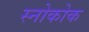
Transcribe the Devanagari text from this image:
स्नोकोक